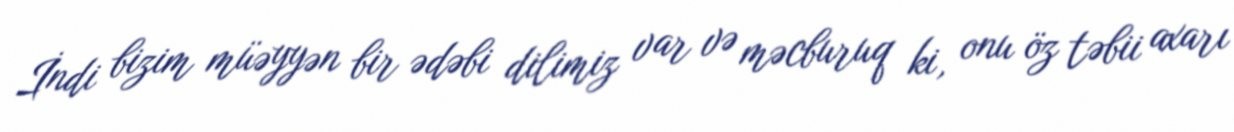
İndi bizim müəyyən bir ədəbi dilimiz var və məcburuq ki, onu öz təbii axarı